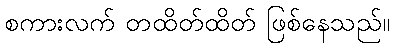
စကားလက် တထိတ်ထိတ် ဖြစ်နေသည်။